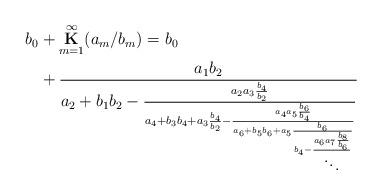
LaTeX: \begin{align*}b_{0} & +\overset{\infty}{\underset{m=1}{\mathbf{K}}}(a_{m}/b_{m})=b_{0}\\ & +\frac{a_{1}b_{2}}{a_{2}+b_{1}b_{2}-\frac{a_{2}a_{3}\frac{b_{4}}{b_{2}}}{a_{4}+b_{3}b_{4}+a_{3}\frac{b_{4}}{b_{2}}-\frac{a_{4}a_{5}\frac{b_{6}}{b_{4}}}{a_{6}+b_{5}b_{6}+a_{5}\frac{b_{6}}{b_{4}-\frac{a_{6}a_{7}\frac{b_{8}}{b_{6}}}{\ddots}}}}}\end{align*}